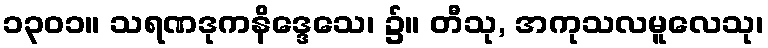
၁၃၀၁။ သရဏဒုကနိဒ္ဒေသေ၊ ၌။ တီသု, အကုသလမူလေသု၊